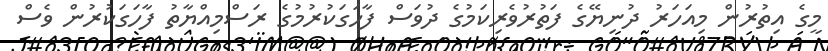
މީގެ އިތުރުން މިއަހަރު ދުނިޔޭގެ ފަތުރުވެރިކަމުގެ ދުވަސް ފާހަގަކުރުމުގެ ރަސްމިއްޔާތު ފާހަގަކުރުން ވެސް